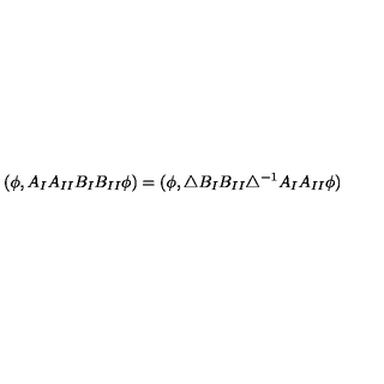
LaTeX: ( \phi , A _ { I } A _ { I I } B _ { I } B _ { I I } \phi ) = ( \phi , \triangle B _ { I } B _ { I I } \triangle ^ { - 1 } A _ { I } A _ { I I } \phi )